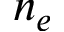
n _ { e }